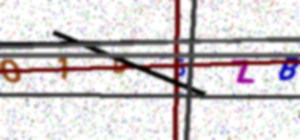
Text: O1D5ZB